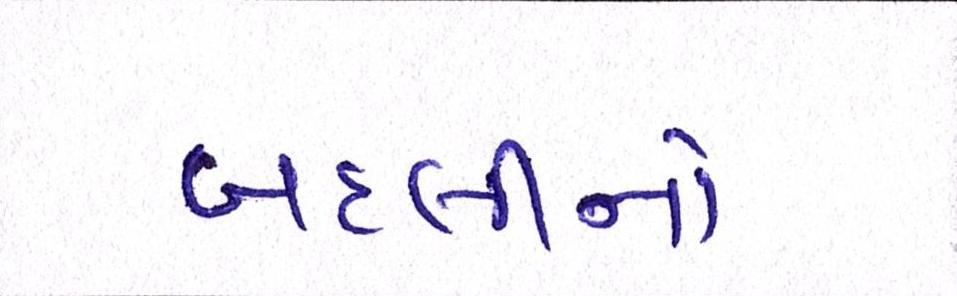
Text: બદલીનો